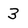
Character: 3